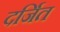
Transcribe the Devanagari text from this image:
दर्जित